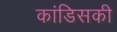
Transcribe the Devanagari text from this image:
कांडिसकी